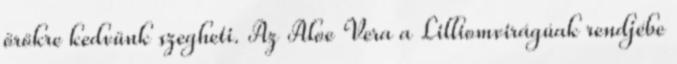
örökre kedvünk szegheti. Az Aloe Vera a Lilliomvirágúak rendjébe